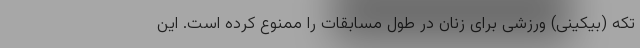
تکه (بیکینی) ورزشی برای زنان در طول مسابقات را ممنوع کرده است. این